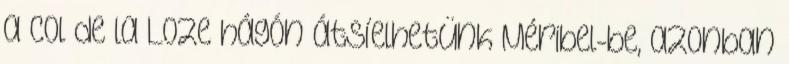
a Col de la Loze hágón átsíelhetünk Méribel-be, azonban